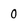
Character: 0